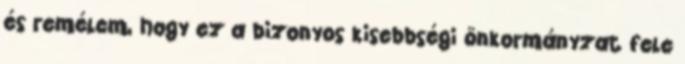
és remélem, hogy ez a bizonyos kisebbségi önkormányzat fele